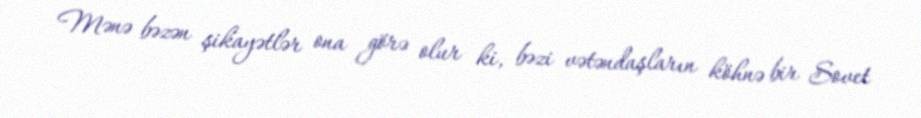
Mənə bəzən şikayətlər ona görə olur ki, bəzi vətəndaşların köhnə bir Sovet